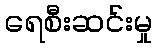
ရေစီးဆင်းမှု